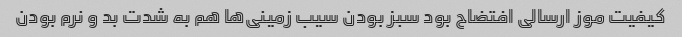
کیفیت موز ارسالی افتضاح بود سبز بودن سیب زمینی‌ها هم به شدت بد و نرم بودن